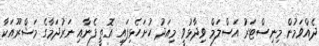
ދެއްވަމުން މިނިސްޓަރު އަސްލަމް ވިދާޅުވީ މިއަދު ހުށަހެޅިފައި އޮތީ ފެނާއި ނަރުދަމާގެ މަޝްރޫއަކާ